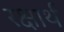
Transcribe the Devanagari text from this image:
रक्षार्थं